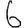
Digit: 6